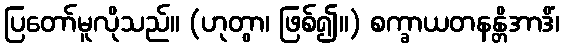
ပြတော်မူလိုသည်။ (ဟုတွာ၊ ဖြစ်၍။) စက္ခာယတနန္တိအာဒိံ၊